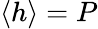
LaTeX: \langle h\rangle=P